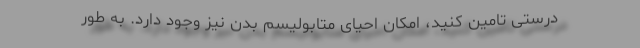
درستی تامین کنید، امکان احیای متابولیسم بدن نیز وجود دارد. به طور